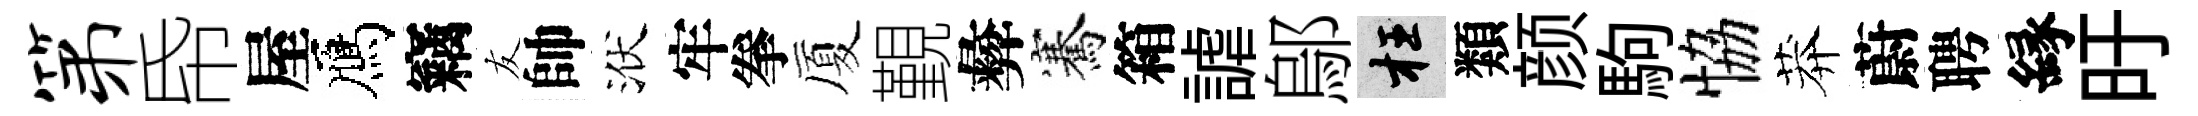
第帋屋鴈竊友帥洑牢拳厦覲彜騫箱謔鄔枉類颜駒恊莽蔚聘縁旴